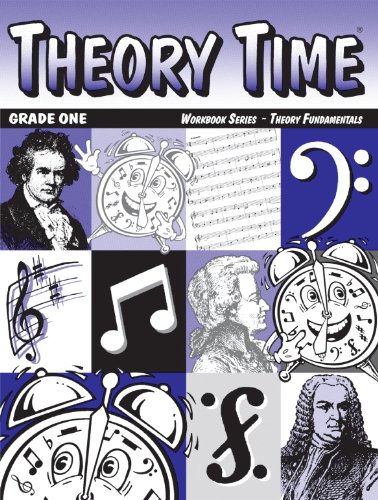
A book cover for Theory Time: Workbook Series - Theory Fundamentals Grade One; Heather Rathnau NCTM; Children's Books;